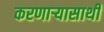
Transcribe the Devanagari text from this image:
करणार्‍यासाथी